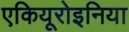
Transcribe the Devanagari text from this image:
एकियूरोइनिया